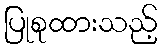
ပြုစုထားသည့်